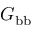
G _ { \mathrm { b b } }